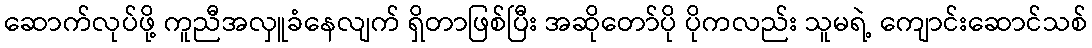
ဆောက်လုပ်ဖို့ ကူညီအလှူခံနေလျက် ရှိတာဖြစ်ပြီး အဆိုတော်ပို ပိုကလည်း သူမရဲ့ ကျောင်းဆောင်သစ်